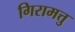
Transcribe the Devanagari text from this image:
गिरामत्तु